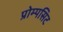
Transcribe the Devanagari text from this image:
प्रोम्पसिट